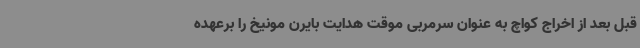
قبل بعد از اخراج کواچ به عنوان سرمربی موقت هدایت بایرن مونیخ را برعهده